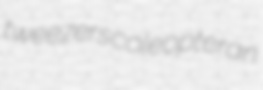
tweezers coleopteran